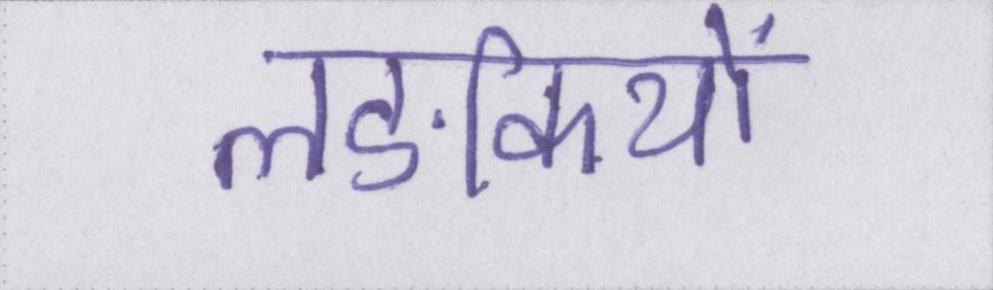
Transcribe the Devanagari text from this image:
लङकियों